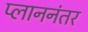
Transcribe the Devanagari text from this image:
प्लाननंतर